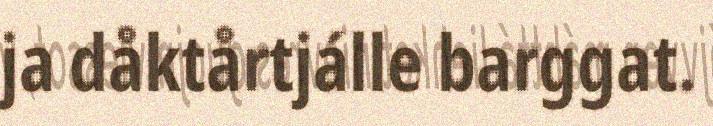
ja dåktårtjálle barggat.